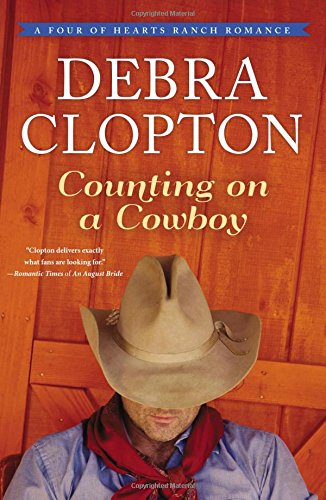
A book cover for Counting on a Cowboy (A Four of Hearts Ranch Romance); Debra Clopton; Christian Books & Bibles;